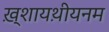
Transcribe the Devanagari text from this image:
ख़्शायथ़ीयनम